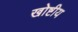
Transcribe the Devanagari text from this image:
खोष्टीय